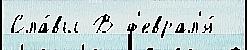
Сла́вы В ф'еврал'я́ -